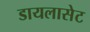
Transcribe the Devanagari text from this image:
डायलासेट